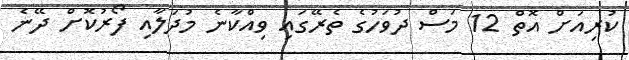
ކުރިއަށް އޮތް 12 މަސް ދުވަހުގެ ތެރޭގައި ވިއްކާނެ މުދަލާއި ފޯރުކޮށް ދޭނެ